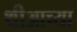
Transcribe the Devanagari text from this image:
थीआच्या